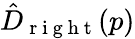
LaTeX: \hat{D}_{\mathrm{~r~i~g~h~t~}}(p)